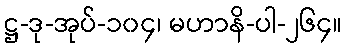
ဋ္ဌ-ဒု-အုပ်-၁၀၄၊ မဟာနိ-ပါ-၂၆၄။